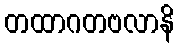
တထာဂတဗလာနိ